Lunatic asylums in Bengal annual reports 1899-1911 - 1899-1911
Year: 1899
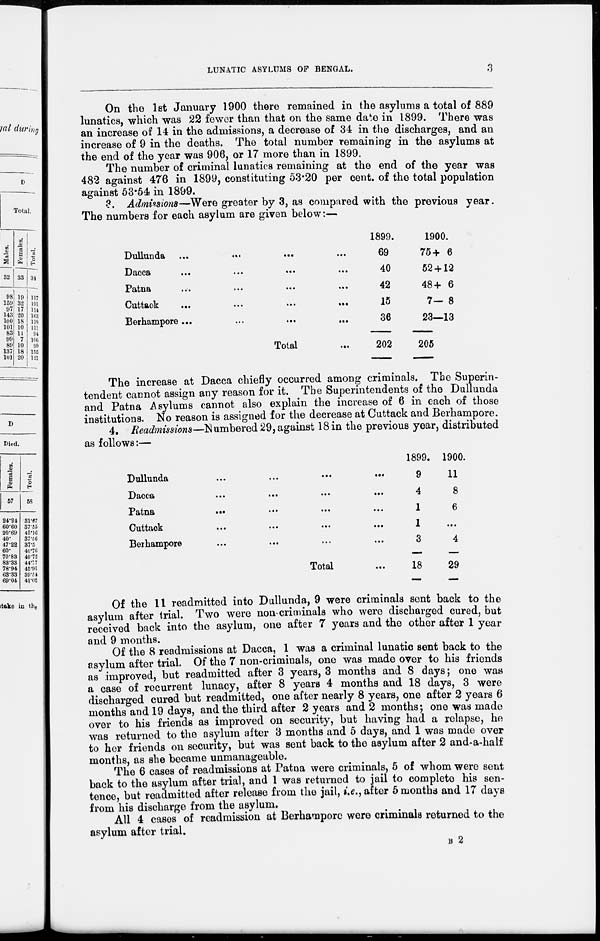
LUNATIC ASYLUMS OF BENGAL.
3
On the 1st January 1900 there remained in the asylums a total of 889
lunatics, which was 22 fewer than that on the same date in 1899. There was
an increase of 14 in the admissions, a decrease of 34 in the discharges, and an
increase of 9 in the deaths. The total number remaining in the asylums at
the end of the year was 906, or 17 more than in 1899.
The number of criminal lunatics remaining at the end of the year was
482 against 476 in 1899, constituting 53.20 per cent. of the total population
against 53.54 in 1899.
3. Admissions—Were greater by 3, as compared with the previous year.
The numbers for each asylum are given below:—
Dullunda ... ... ... ... ... ...
Dacca
...
...
...
...
...
...
Patna
...
...
...
...
...
...
Cuttack
...
...
...
...
...
...
Berhampore ... ... ... ... ... ...
Total ...
1899.
69
40
42
15
36
202
1900.
75+ 6
52 + 12
48+ 6
7– 8
23 — 13
205
The increase at Dacca chiefly occurred among criminals. The Superin-
tendent cannot assign any reason for it. The Superintendents of the Dullunda
and Patna Asylums cannot also explain the increase of 6 in each of those
institutions. No reason is assigned for the decrease at Cuttack and Berhampore.
4. Readmissions—Numbered 29, against 18 in the previous year, distributed
as follows:—
Dullunda ... ... ... ...
Dacca
...
...
...
...
Patna
...
...
...
...
Cuttack
...
...
...
...
Berhampore ... ... ... ...
Total
1899.
9
4
1
1
3
18
1900.
11
8
6
...
4
29
Of the 11 readmitted into Dullunda, 9 were criminals sent back to the
asylum after trial. Two were non-criminals who were discharged cured, but
received back into the asylum, one after 7 years and the other after 1 year
and 9 months.
Of the 8 readmissions at Dacca, 1 was a criminal lunatic sent back to the
asylum after trial. Of the 7 non-criminals, one was made over to his friends
as improved, but readmitted after 3 years, 3 months and 8 days; one was
a case of recurrent lunacy, after 8 years 4 months and 18 days, 3 were
discharged cured but readmitted, one after nearly 8 years, one after 2 years 6
months and 19 days, and the third after 2 years and 2 months; one was made
over to his friends as improved on security, but having had a relapse, he
was returned to the asylum after 3 months and 5 days, and 1 was made over
to her friends on security, but was sent back to the asylum after 2 and-a-half
months, as she became unmanageable.
The 6 cases of readmissions at Patna were criminals, 5 of whom were sent
back to the asylum after trial, and 1 was returned to jail to complete his sen-
tence, but readmitted after release from the jail, i.e., after 5 months and 17 days
from his discharge from the asylum.
All 4 cases of readmission at Berhampore were criminals returned to the
asylum after trial.
B 2